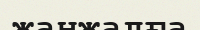
жанжалға